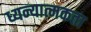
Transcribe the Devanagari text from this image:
ध्यन्यात्मकता